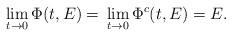
LaTeX: \begin{align*}\lim_{t\to 0}\Phi(t,E)=\,\lim_{t\to 0} \Phi^c(t,E)=E.\end{align*}